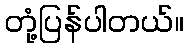
တုံ့ပြန်ပါတယ်။